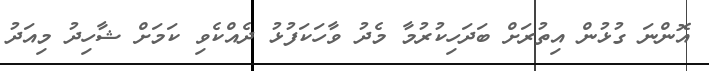
އޮންނަ ގުޅުން އިތުރަށް ބަދަހިކުރުމާ މެދު ވާހަކަފުޅު ދެއްކެވި ކަމަށް ޝާހިދު މިއަދު